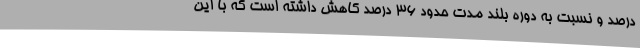
درصد و نسبت به دوره بلند مدت حدود ۳۶ درصد کاهش داشته است که با این